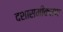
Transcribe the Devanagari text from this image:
दशासमीकरण